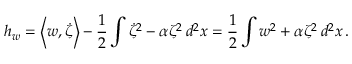
h _ { w } = \left\langle w , \dot { \zeta } \right\rangle - \frac 1 2 \int \dot { \zeta } ^ { 2 } - \alpha \zeta ^ { 2 } \, d ^ { 2 } x = \frac 1 2 \int w ^ { 2 } + \alpha \zeta ^ { 2 } \, d ^ { 2 } x \, .